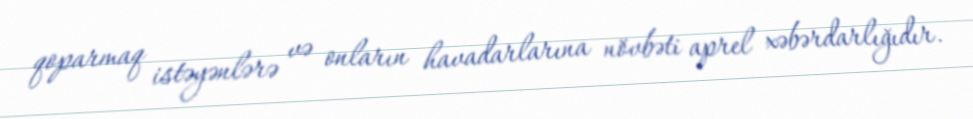
qoparmaq istəyənlərə və onların havadarlarına növbəti aprel xəbərdarlığıdır.